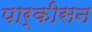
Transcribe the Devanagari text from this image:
पार्कीसन